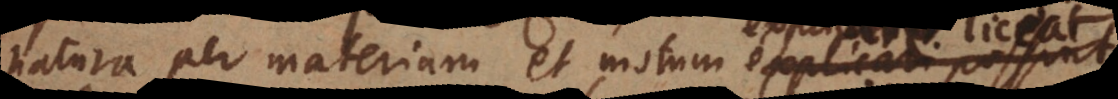
natura per materiam et motum explicare li